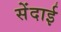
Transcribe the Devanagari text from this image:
सेंदाई